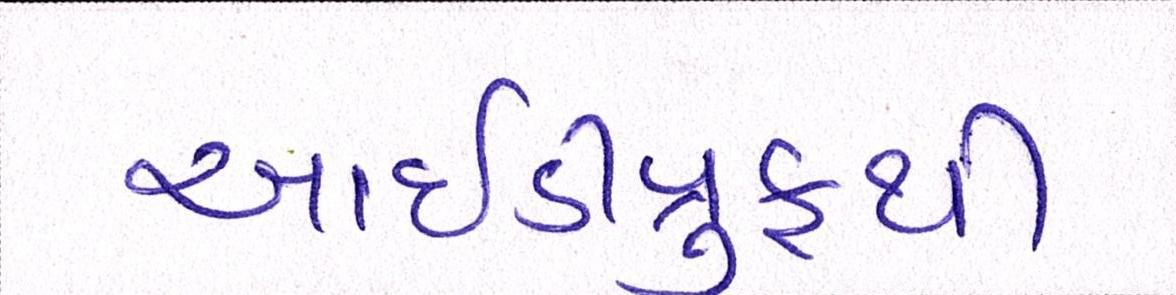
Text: આઇડીપ્રુફથી